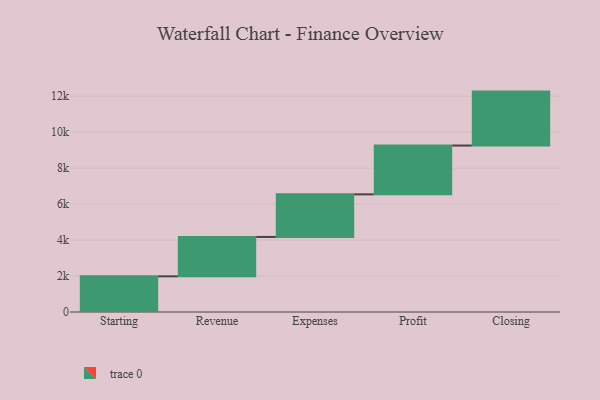
{"axis": {"x": "Step", "y": "Value"}, "legend": [""], "data": [{"x": "Starting", "y": 1983.0, "type": ""}, {"x": "Revenue", "y": 2191.0, "type": ""}, {"x": "Expenses", "y": 2369.0, "type": ""}, {"x": "Profit", "y": 2714.0, "type": ""}, {"x": "Closing", "y": 3000, "type": ""}]}